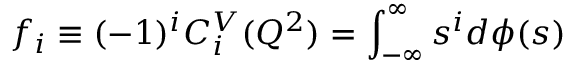
f _ { i } \equiv ( - 1 ) ^ { i } C _ { i } ^ { V } ( Q ^ { 2 } ) = \int _ { - \infty } ^ { \infty } s ^ { i } d \phi ( s )